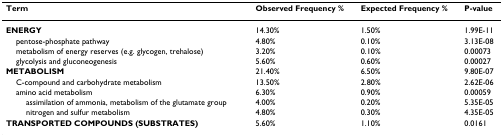
| Term | Observed Frequency % | Expected Frequency % | P-value |
 | --- | --- | --- | --- |
 | ENERGY | 14.30% | 1.50% | 1.99E-11 |
 | pentose-phosphate pathway | 4.80% | 0.10% | 3.13E-08 |
 | metabolism of energy reserves (e.g. glycogen, trehalose) | 3.20% | 0.10% | 0.00073 |
 | glycolysis and gluconeogenesis | 5.60% | 0.60% | 0.00027 |
 | METABOLISM | 21.40% | 6.50% | 9.80E-07 |
 | C-compound and carbohydrate metabolism | 13.50% | 2.80% | 2.62E-06 |
 | amino acid metabolism | 6.30% | 0.90% | 0.00059 |
 | assimilation of ammonia, metabolism of the glutamate group | 4.00% | 0.20% | 5.35E-05 |
 | nitrogen and sulfur metabolism | 4.80% | 0.30% | 4.35E-05 |
 | TRANSPORTED COMPOUNDS (SUBSTRATES) | 5.60% | 1.10% | 0.0161 |